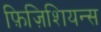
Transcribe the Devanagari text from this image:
फ़िज़िशियन्स